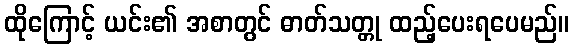
ထိုကြောင့် ယင်း၏ အစာတွင် ဓာတ်သတ္တု ထည့်ပေးရပေမည်။